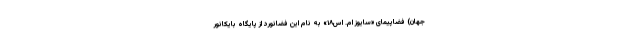
جهان) فضاپیمای «سایوز ام. اس۱۸» به نام این فضانورد از پایگاه بایکانور